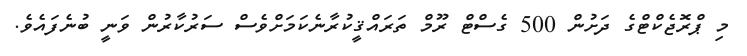
މި ޕްރޮޖެކްޓްގެ ދަށުން 500 ގެސްޓް ރޫމް ތަރައްޤީކުރާނެކަމަށްވެސް ސަރުކާރުން ވަނީ ބުނެފައެވެ.